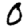
Digit: 0